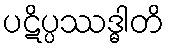
ပဋိပ္ပဿဒ္ဓါတိ